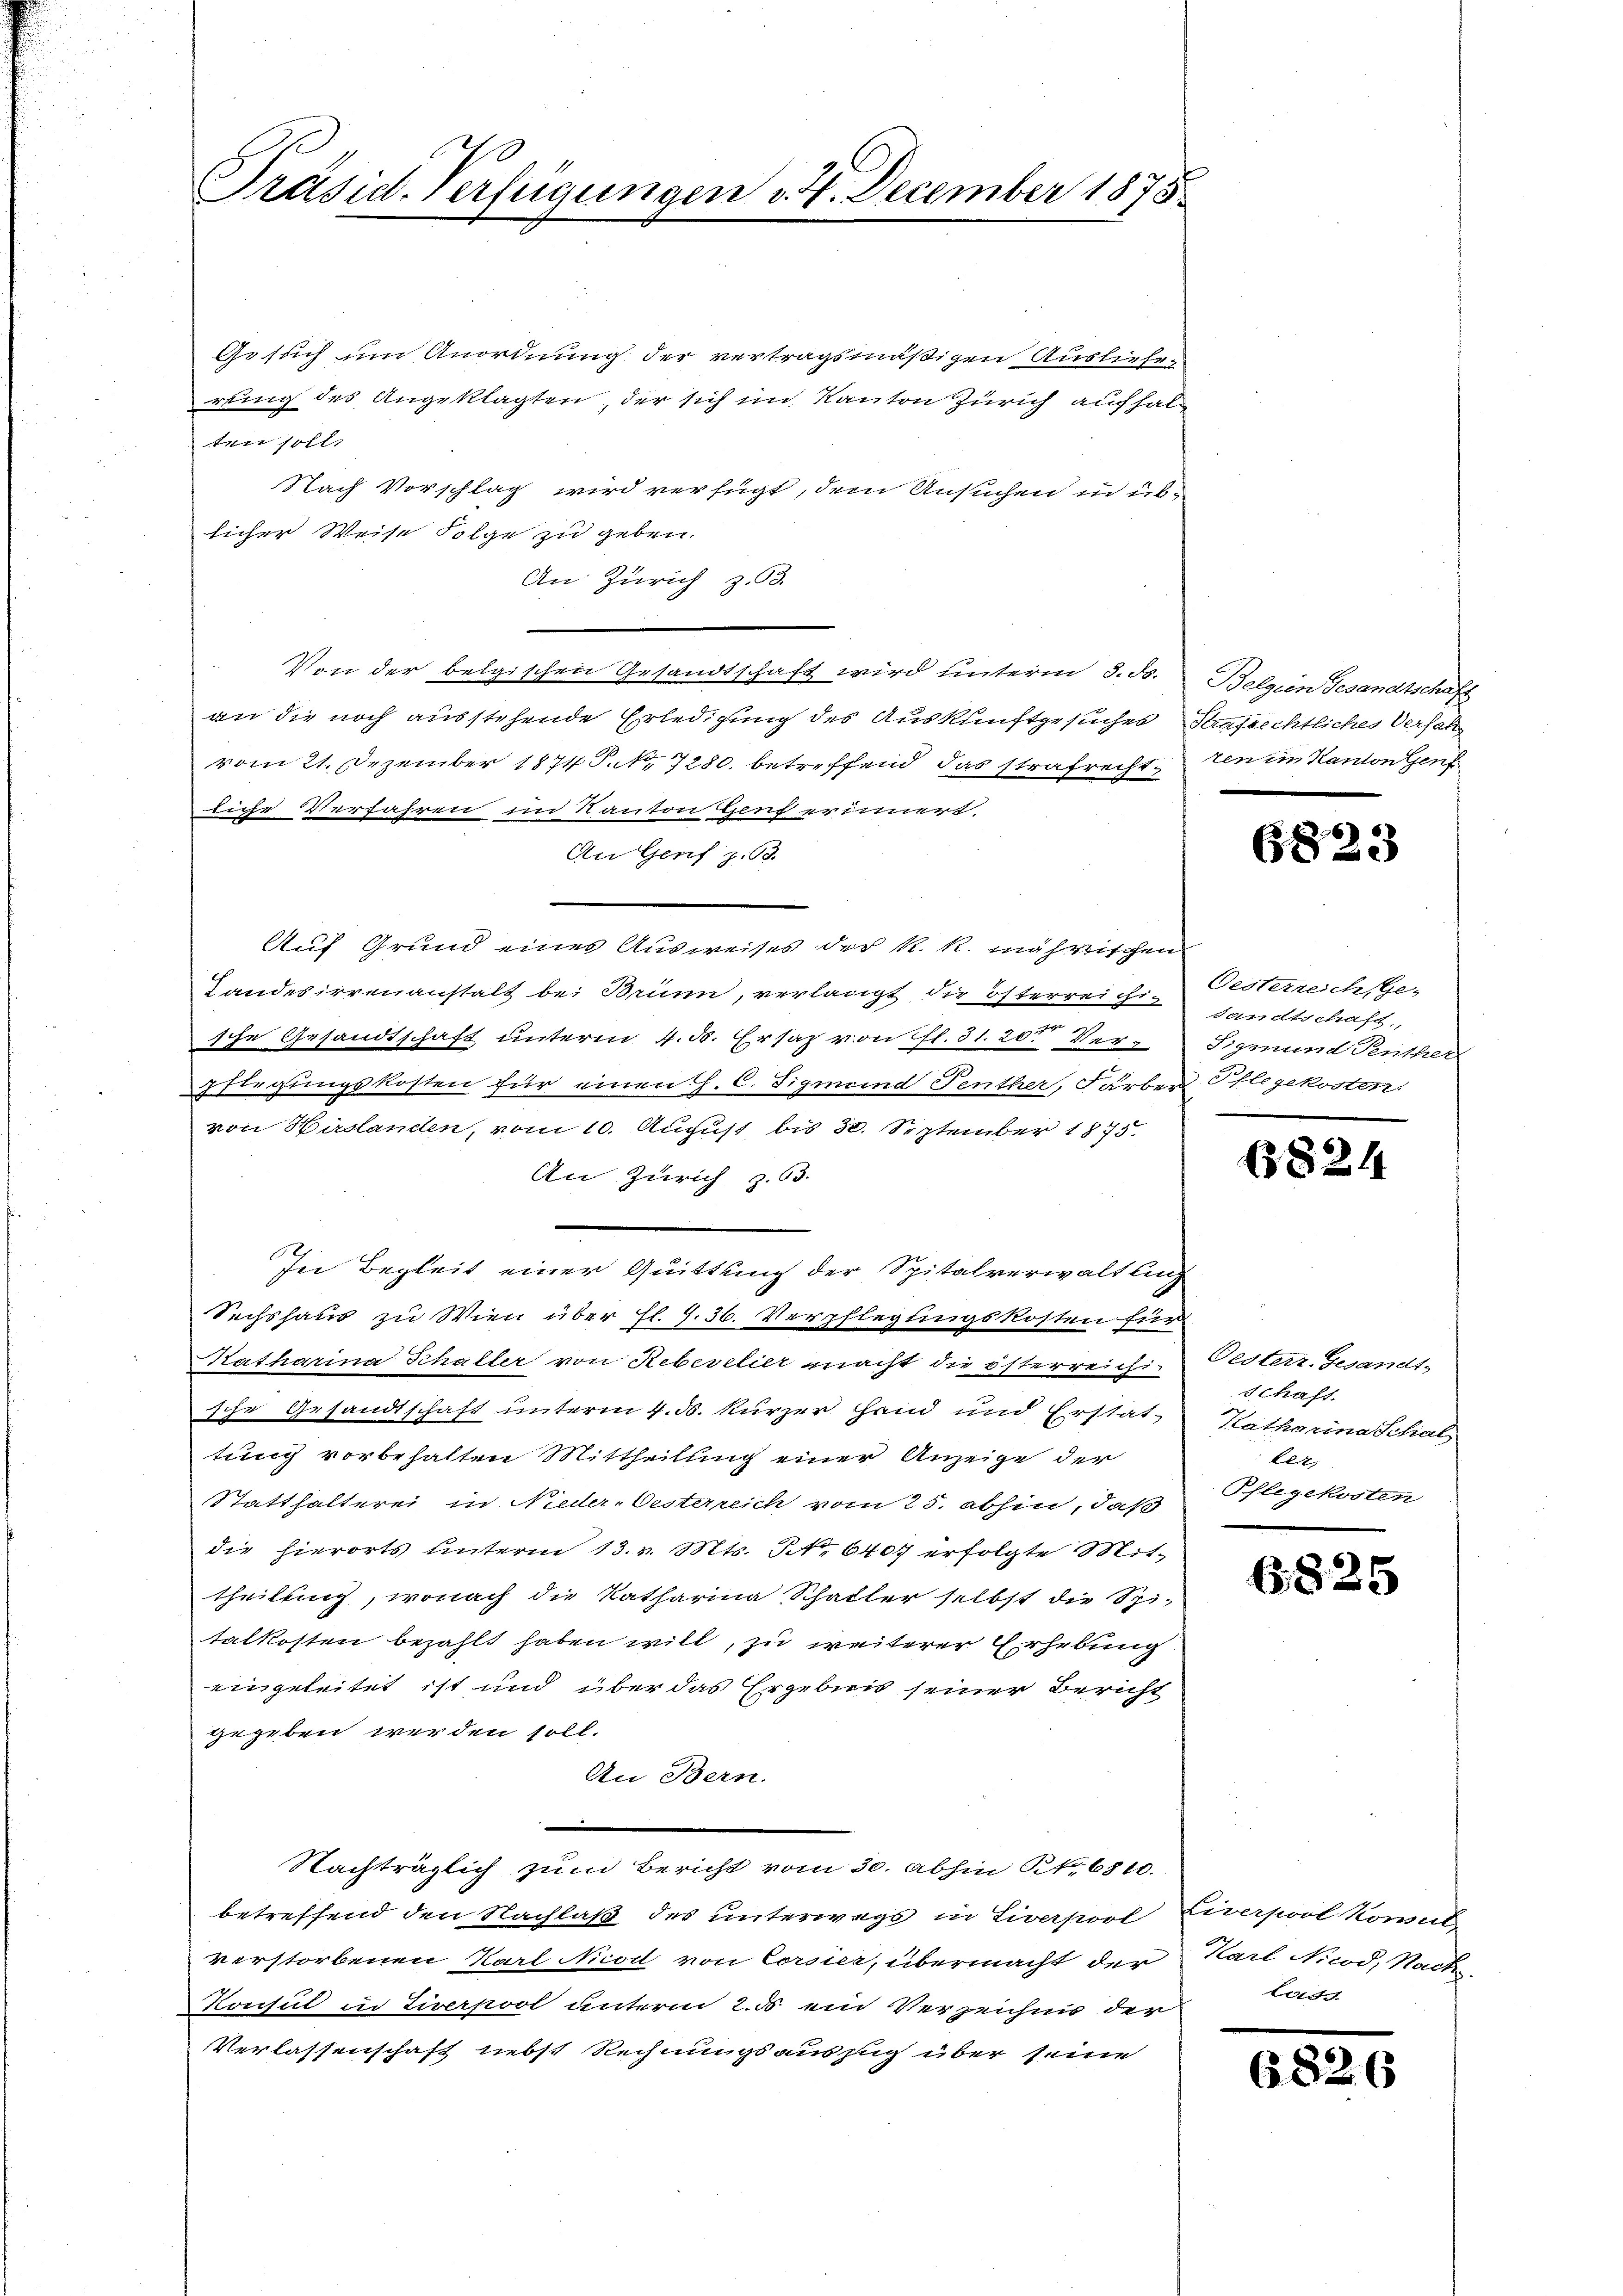
Präsid. Verfügungen v. 4. December 1875.

Gesuch um Anordnung der vertragsmäßigen Auslieferung des Angeklagten, der sich im Kanton Zürich aufhalten soll.
Nach Vorschlag wird verfügt, dem Ansuchen in üblicher Weise Folge zu geben.
An Zürich z.3.
Von der beigischen Gesandtschaft wird unterm 3. ds.
an die noch ausstehende Erledigung des Auskunftgesuches Strafrechtliches Versale
vom 21. Dezember 1874 P. Nr. 1280. betreffend das strafrecht
liche Verfahren, im Kanton Genf erinnert.
An Genf z. 63.
Auf Grund eines Ausweises der k. k. mährischen
Landesirrenanstalt bei Brünn, verlangt die österreiche sandtschaft,
sche Gesandtschaft unterm 4. d. Ersatz von fl. 31. 20t Verpflegungskosten für einen H. C. Sigmeind Fenther, Färber Pflegekosten.
von Hirslanden, vom 10. August, bis 30. September 1873.
An Zürich z. 63.
In Begleit einer Quittung der Spitalverwaltung
Sechshaus zu Wien über hl. G. 36. Verpflegungskosten für
Katharina Schaller von Reberelier macht die österreichische Gesandtschaft unterm 4. d. kurzer ein und Erstat-
tung vorbehalten Mittheilung einer Anzeige der
Statthalterei in Nieder-Oesterreich vom 25. abhin, daß
die hierorts unterm 13. v. Mts. S. 6407 erfolgte Mit-
theilung, wonach die Katharina Schaller selbst die Spi-
talkosten bezahlt haben will, zu weiterer Erhebung
eingeleitet ist und über das Ergebnis seiner Bericht
gegeben werden soll.
An Bern.
—
Nachträglich zum Bericht vom 30. abhin St. 6810.
betreffend den Nachlaß des unterwegs in Liverpool Liverpool Korulverstorbenen Karl Nod von Corsier, übermacht der
Konsul in Liverpool unterm 2. d. ein Verzeichnis der
Verlassenschaft nebst Rechnungsaussich über seine

Belgien Gesandtschaft
ten in Kanton Genf

G823

Oesterreich Ge-
Sigmund Penther

1824

Oesterr.-Gesandt-
Schaft.
Katharina Schal
ter,
Pflegekosten

B825

Karl Nicod, Nach
lers

682

6